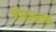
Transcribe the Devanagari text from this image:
श्रीपादवल्लभ